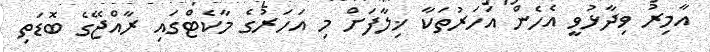
އާމިރު ވިދާޅުވީ އެހެން އަހަރުތަކާ ޚިލާފަށް މި އަހަރުގެ މާކެޓްގައި ރާއްޖޭގެ ބޮޑަތި